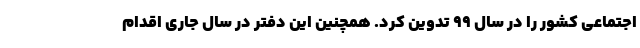
اجتماعی کشور را در سال ۹۹ تدوین کرد. همچنین این دفتر در سال جاری اقدام